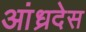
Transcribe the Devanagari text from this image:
आंध्रदेस